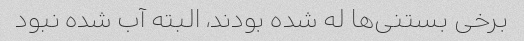
برخی بستنی‌ها له شده بودند، البته آب شده نبود